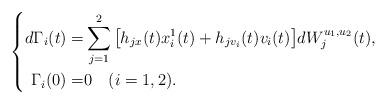
LaTeX: \begin{align*}\left\{\begin{aligned}d\Gamma_i(t)=&\sum_{j=1}^{2}\big[h_{jx}(t)x_i^1(t)+h_{jv_i}(t)v_i(t)\big]dW^{u_1,u_2}_j(t),\\\Gamma_i(0)=&0\quad(i=1,2).\end{aligned}\right.\end{align*}